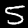
Digit: 5